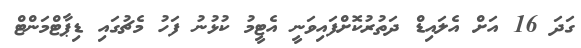
ގަދަ 16 އަށް އެލައިޑް ދަތުރުކޮށްފައިވަނީ އެޓީމު ކުޅުނު ފަހު މެޗުގައި ޑިޕާޓްމަންޓް